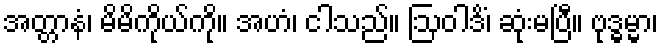
အတ္တာနံ၊ မိမိကိုယ်ကို။ အဟံ၊ ငါသည်။ ဩဝါဒိံ၊ ဆုံးမပြီ။ ဗုဒ္ဓမ္မာ၊